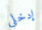
إدخلي